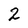
Character: 2